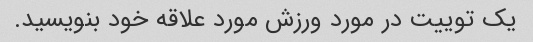
یک توییت در مورد ورزش مورد علاقه خود بنویسید.